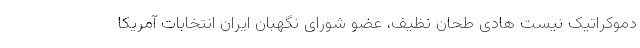
دموکراتیک نیست هادی طحان نظیف، عضو شورای نگهبان ایران انتخابات آمریکا